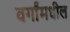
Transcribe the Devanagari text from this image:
वर्गांमधील